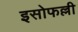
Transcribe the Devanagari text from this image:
इसोफल्ली